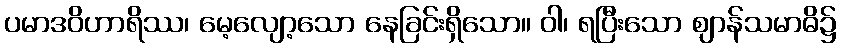
ပမာဒဝိဟာရိဿ၊ မေ့လျော့သော နေခြင်းရှိသော။ ဝါ၊ ရပြီးသော ဈာန်သမာဓိ၌